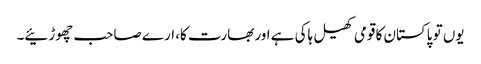
یوں تو پاکستان کا قومی کھیل ہاکی ہے اور بھارت کا، ارے صاحب چھوڑئیے۔